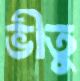
ভীতু